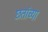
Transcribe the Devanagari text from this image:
छतांच्या